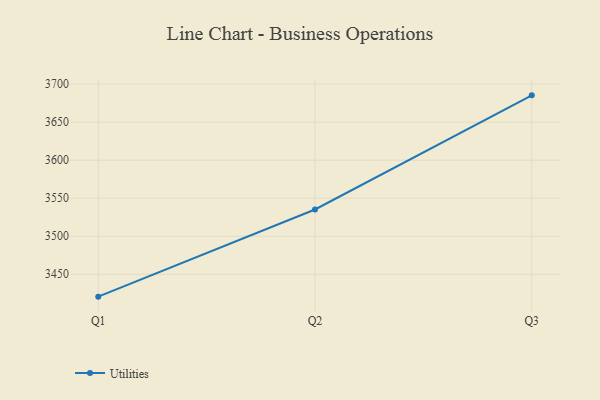
{"axis": {"x": "Quarter", "y": "Population (Million)"}, "legend": ["Utilities"], "data": [{"x": "Q1", "y": 3420.6, "type": "Utilities"}, {"x": "Q2", "y": 3535.2, "type": "Utilities"}, {"x": "Q3", "y": 3685.3, "type": "Utilities"}]}